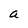
Character: a